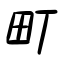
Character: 町